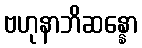
ဗဟုနာဘိဆန္နော